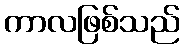
ကာလဖြစ်သည်